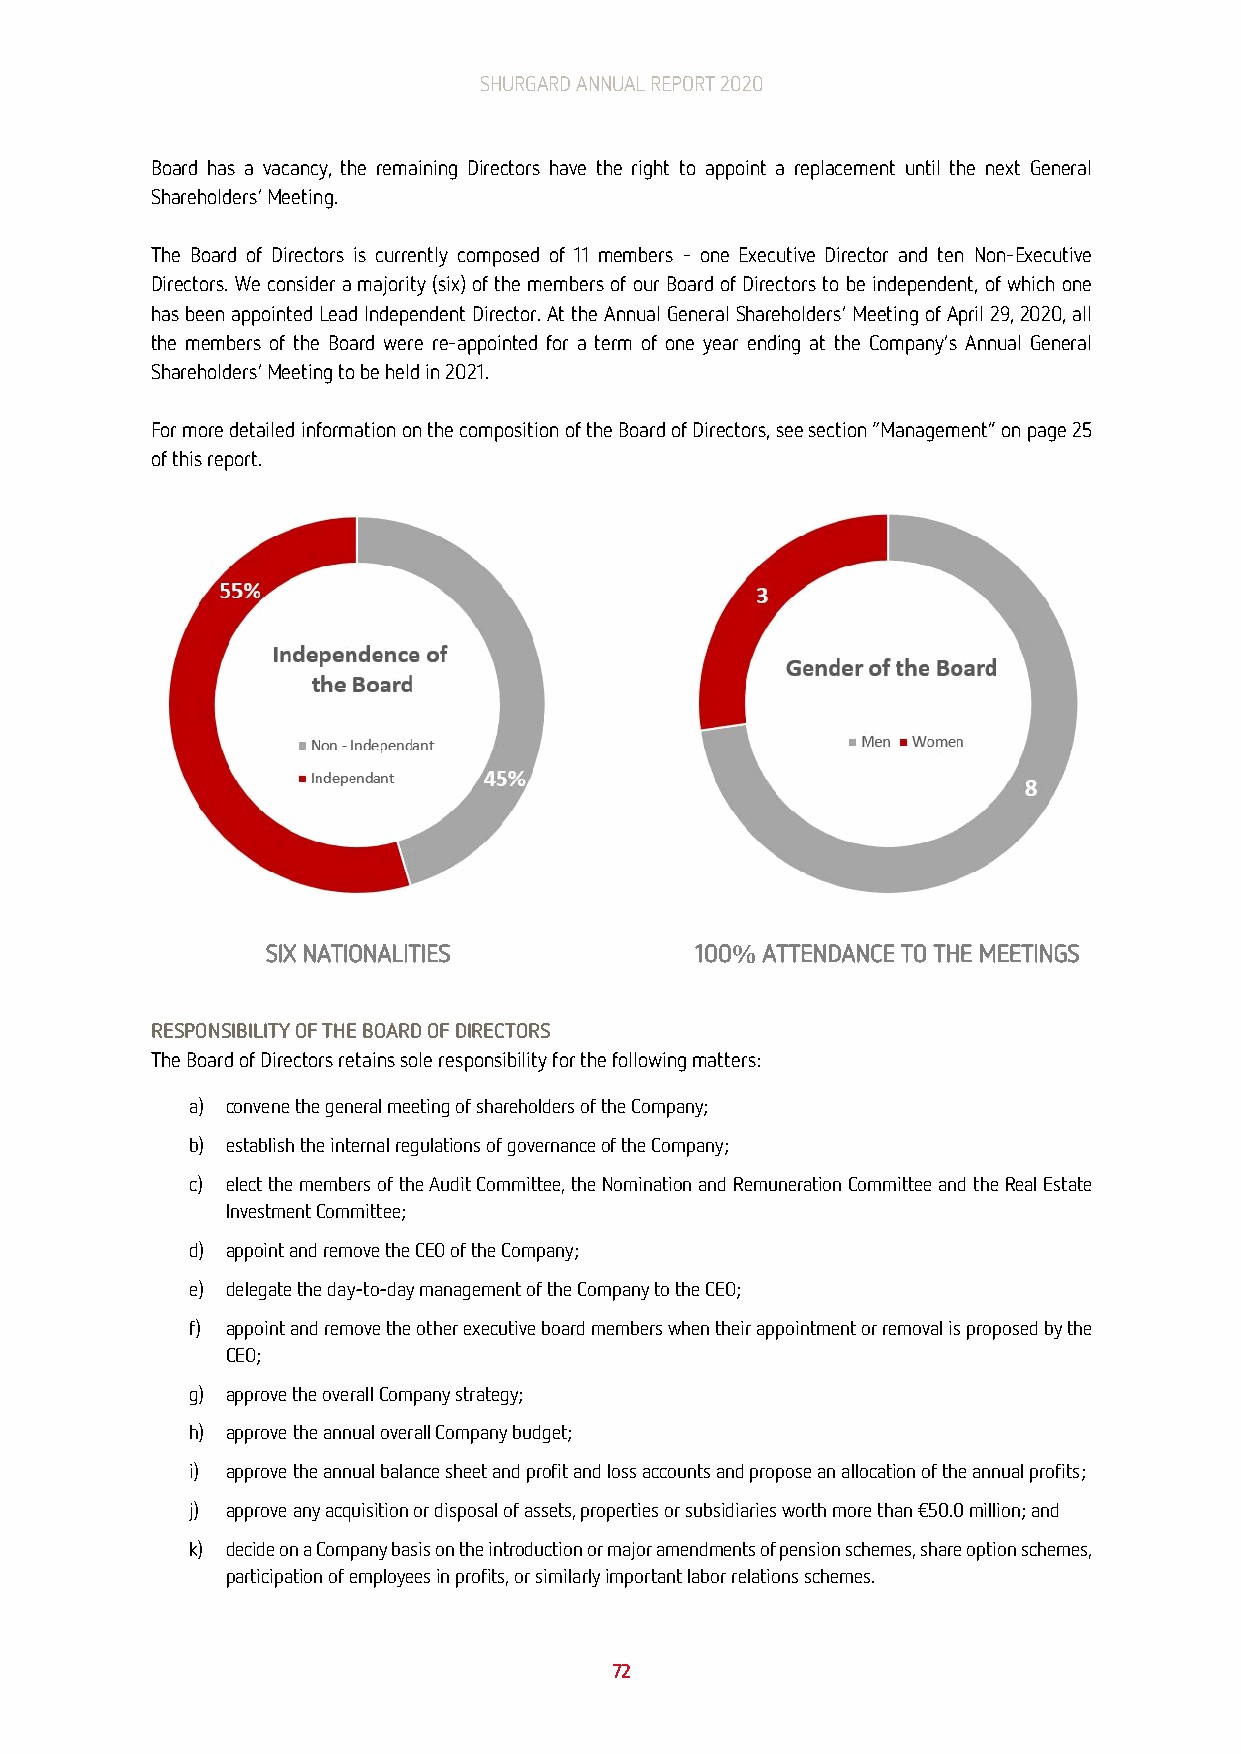
SHURGARD ANNUAL REPORT 2020
 Board has a vacancy, the remaining Directors have the right to appoint a replacement until the next General
 Shareholders’ Meeting.
 The Board of Directors is currently composed of 11 members - one Executive Director and ten Non-Executive
 Directors. We consider a majority (six) of the members of our Board of Directors to be independent, of which one
 has been appointed Lead Independent Director. At the Annual General Shareholders’ Meeting of April 29, 2020, all
 the members of the Board were re-appointed for a term of one year ending at the Company’s Annual General
 Shareholders’ Meeting to be held in 2021.
 For more detailed information on the composition of the Board of Directors, see section “Management” on page 25
 of this report.
 SIX NATIONALITIES           100% ATTENDANCE TO THE MEETINGS
 RESPONSIBILITY OF THE BOARD OF DIRECTORS
 The Board of Directors retains sole responsibility for the following matters:
 a) convene the general meeting of shareholders of the Company;
 b) establish the internal regulations of governance of the Company;
 c) elect the members of the Audit Committee, the Nomination and Remuneration Committee and the Real Estate
 Investment Committee;
 d) appoint and remove the CEO of the Company;
 e) delegate the day-to-day management of the Company to the CEO;
 f) appoint and remove the other executive board members when their appointment or removal is proposed by the
 CEO;
 g) approve the overall Company strategy;
 h) approve the annual overall Company budget;
 i) approve the annual balance sheet and profit and loss accounts and propose an allocation of the annual profits;
 j) approve any acquisition or disposal of assets, properties or subsidiaries worth more than €50.0 million; and
 k) decide on a Company basis on the introduction or major amendments of pension schemes, share option schemes,
 participation of employees in profits, or similarly important labor relations schemes.
 72